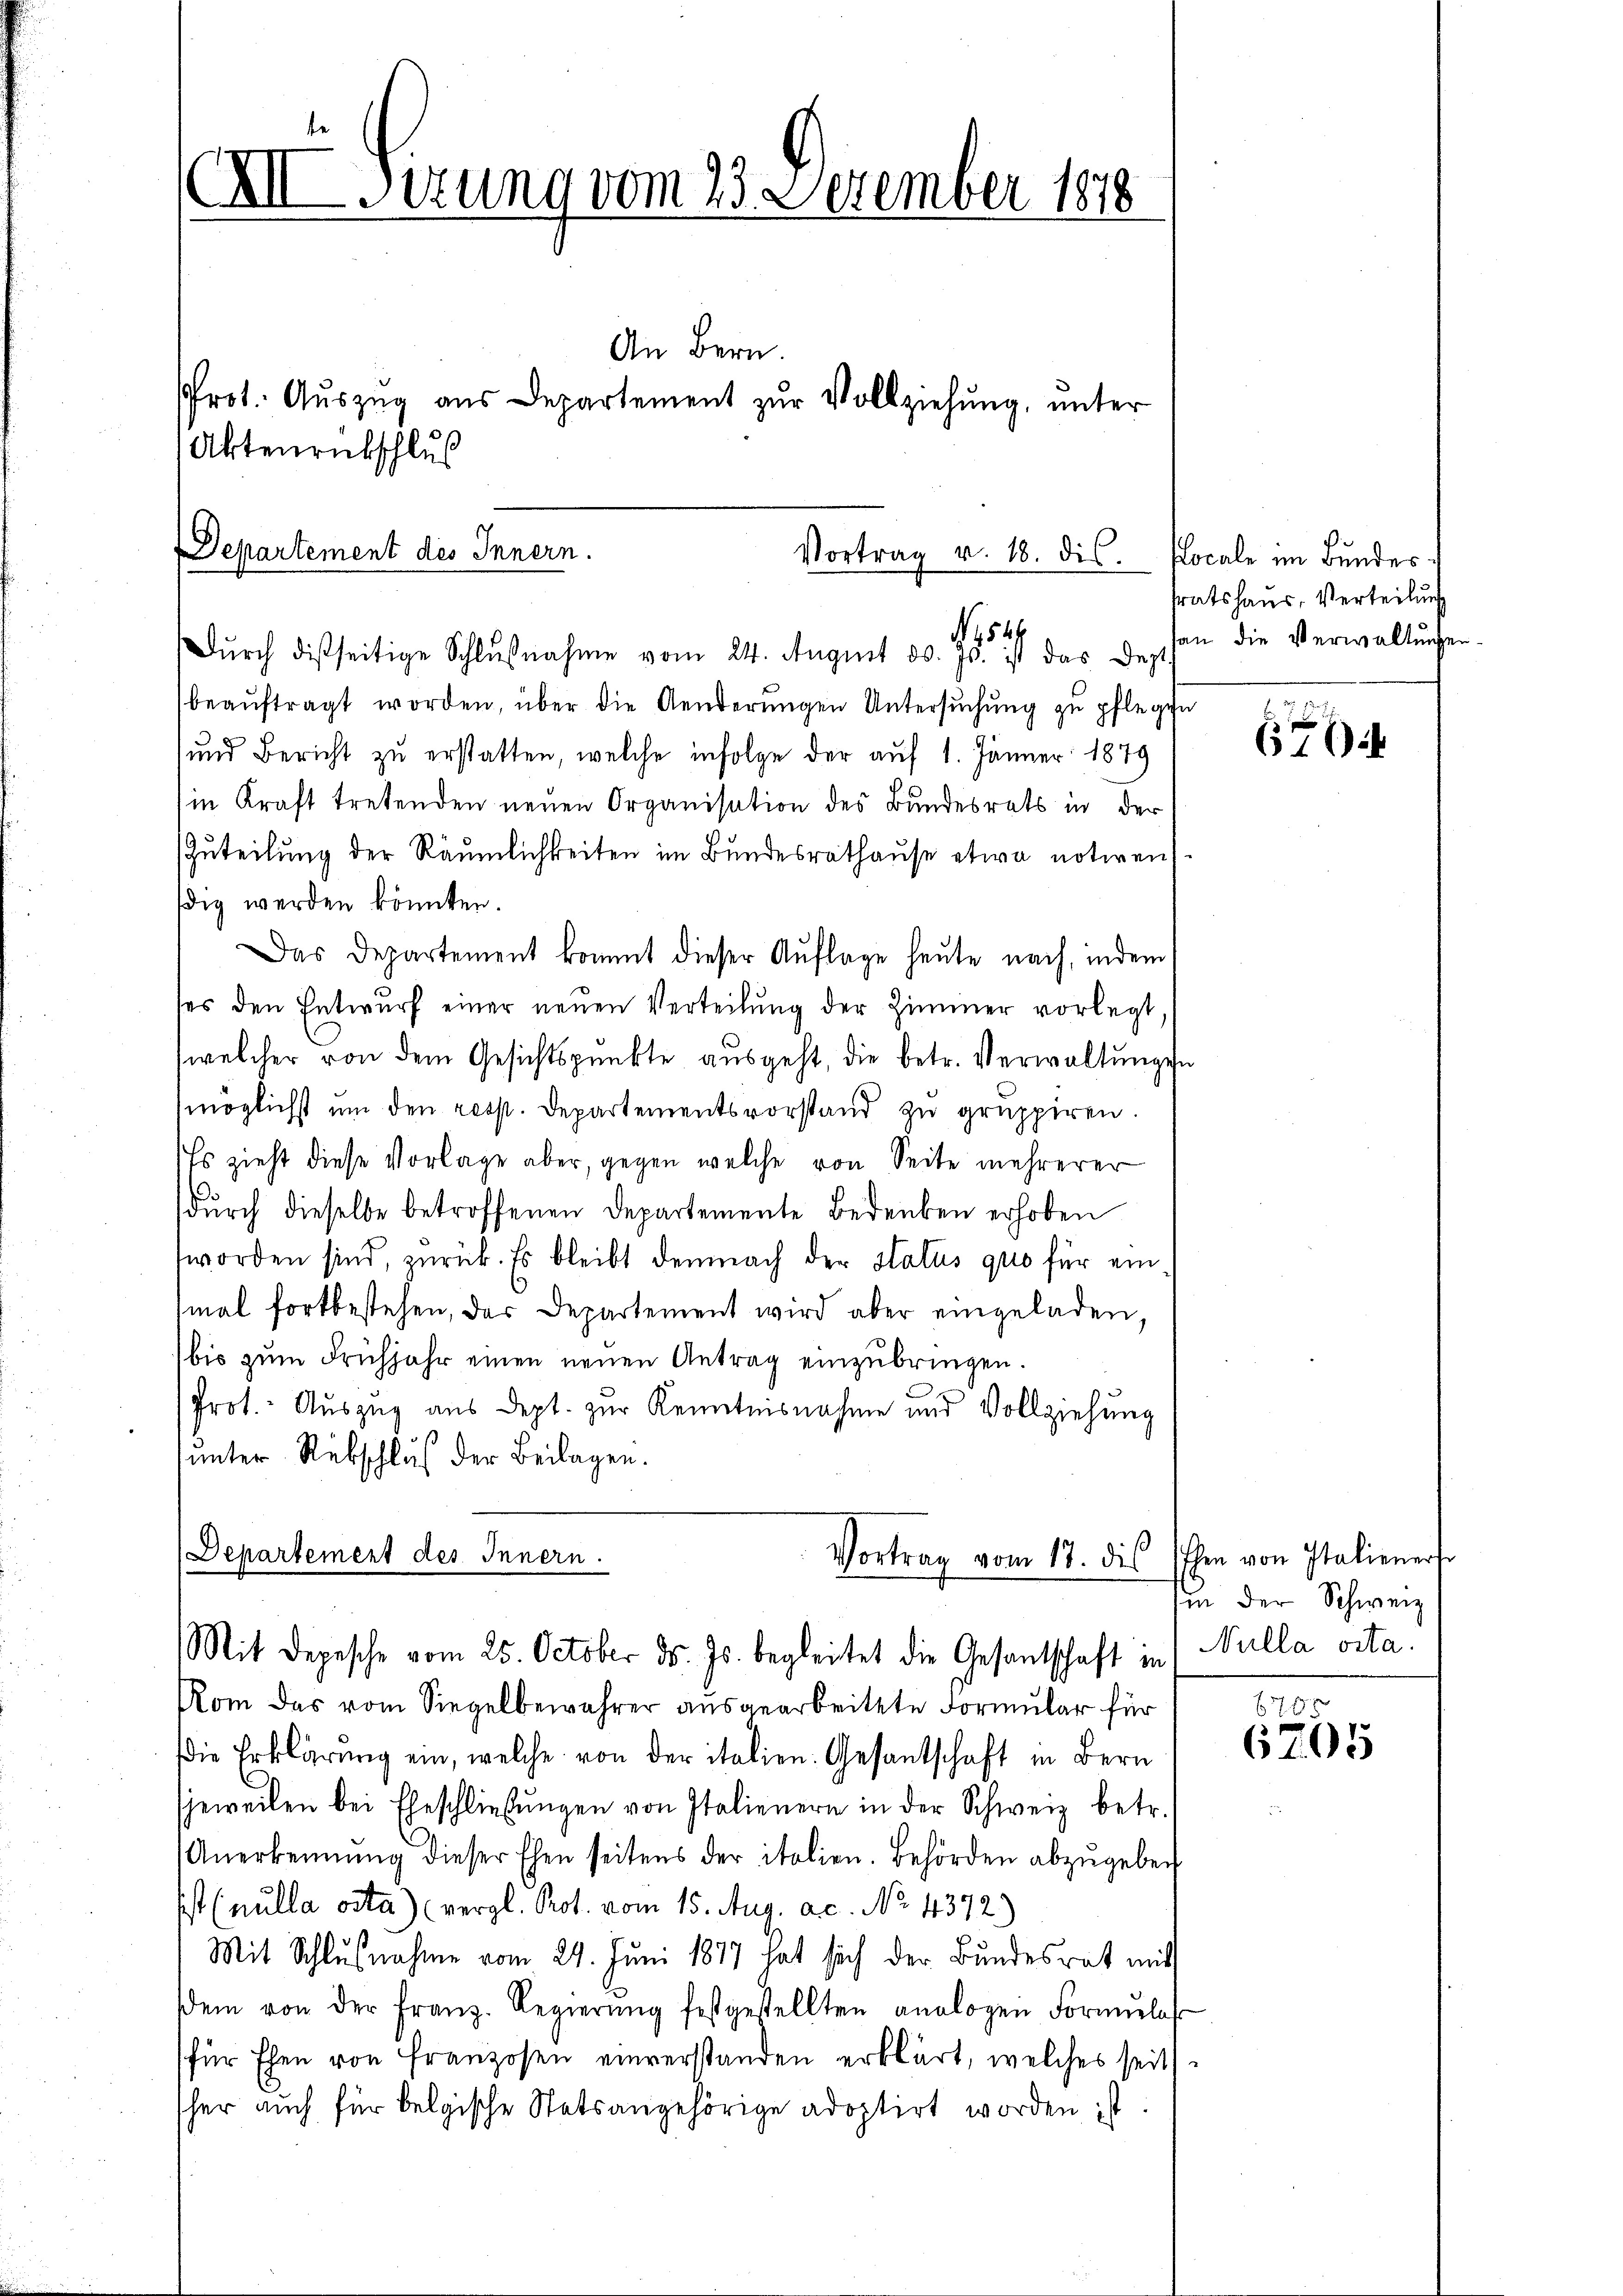
XII Sirung vom 23. Dezember 1818.
An Bern.
Prot. Auszug aus Departement zŭr Vollziehung, unter
Aktenrückschluß

Departement des Innern.
Vortrag v. 18. dis
15546
Dŭrch disseitige Schlŭβnahme vom 24. August d. Js. ist das Sept.

Mit Depesche vom 25. October ds. Js. begleitet die Gesantschaft in Nulla vita.

beaŭftragt worden, über die Aenderŭngen Untersŭchŭng zŭ pflegen
und Bericht zu erstatten, welche infolge der auf 1. Jänner 1879
in Kraft tretenden neuen Organisation des Bundesrats in der
Zuteilung der Räumlichkeiten im Bundesrathause etwa notiren
dig werden könnten.
Das Departement kommt dieser Auflage heute nach, indem
ses den Entwŭrf einer neŭen Verteilŭng der Zimmer vorlegt
(welcher von dem Gesichtspunkte aŭsgeht, die betr. Verwaltŭngen
möglichst um den resp. Departementsvorstand zŭ gruppiren.
Es zieht diese Vorlage aber, gegen welche von Seite mehrerer
durch dieselbe betroffenen Departemente Bedenken erhoben
worden sind, zurück. Es bleibt demnach der Status quo für ein
mal fortbestehen, das Departement wird aber eingeladen,
bis zŭm Frühjahr einen neuen Antrag einzubringen.
Prot. Auszug aus Dept. zur Kenntnisnahme und Vollziehung
unter Rückschluß der Beilagen.
Departement des Innern.
Vortrag vom 17. des Ehen von Italienerst

ocale im Bundes
sratshaus, Verteilung
an die Verwaltungen

Rom das vom Siegelbewahrer ausgearbeitete Formular für
Die Erklärung ein, welche von der italien. Gesandschaft in Bern
sjeweilen bei Eheschließungen von Italienern in der Schweiz betr.
Anerkennung dieser Ehen seitens der italien. Behörden abzŭgeben
ist (nulla osta) (vergl. Prot. vom 15. Aug. ac. No. 4372)
Mit Schlußnahme vom 29. Juni 1877 hat sich der Bundesrat mit
dem von der Franz. Regierŭng festgestellten analogen Formŭlaf
für Ehen von Franzosen einverstanden erklärt, welches seits-
sher auch für belgische Statsangehörige adoptirt worden ist

6

in der Schweiz

6765
6705